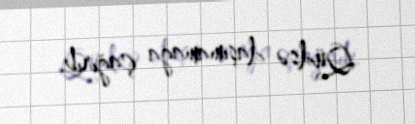
Qüdsə daşımamağa çağırıb.